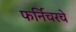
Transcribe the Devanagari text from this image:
फर्निचरचे